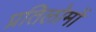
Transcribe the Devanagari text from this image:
प्रतिलोमों